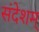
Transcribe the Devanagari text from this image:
संदेशम्